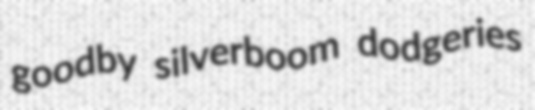
goodby silverboom dodgeries